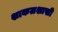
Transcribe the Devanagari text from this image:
शाकलशाखी